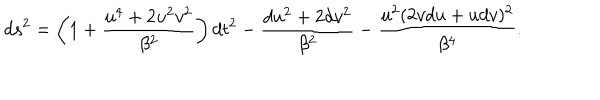
d s ^ { 2 } = \left( 1 + \frac { u ^ { 4 } + 2 u ^ { 2 } v ^ { 2 } } { \beta ^ { 2 } } \right) d t ^ { 2 } - \frac { d u ^ { 2 } + 2 d v ^ { 2 } } { \beta ^ { 2 } } - \frac { u ^ { 2 } ( 2 v d u + u d v ) ^ { 2 } } { \beta ^ { 4 } } .